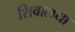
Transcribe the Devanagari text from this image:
शिवालया